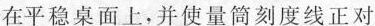
在平稳桌面上，并使量筒刻度线正对